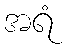
အရံ